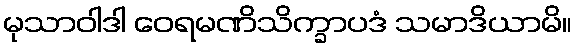
မုသာဝါဒါ ဝေရမဏိသိက္ခာပဒံ သမာဒိယာမိ။